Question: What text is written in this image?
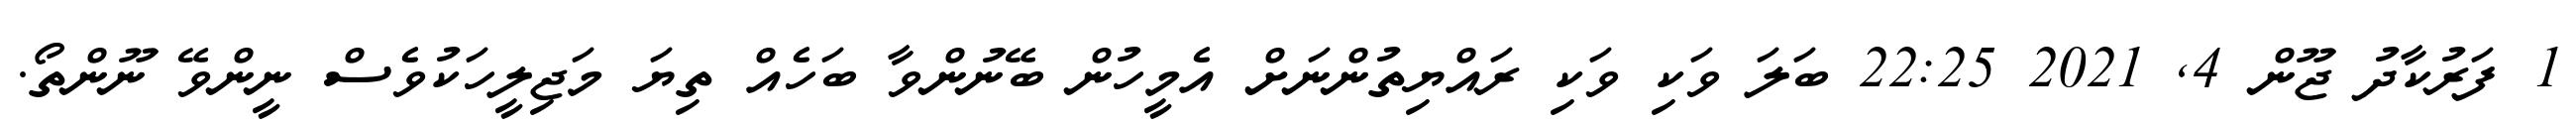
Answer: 1 ފަރުކާދު ޖޫން 4, 2021 22:25 ބަލަ ވަކި ވަކި ރައްޔިތުންނަށް އެމީހުން ބޭނުންވާ ބަހެއް ތިޔަ މަޖިލީހަކުވެސް ނީންވޭ ނޫންތޯ.